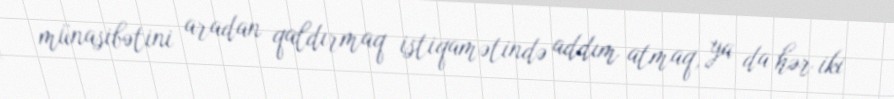
münasibətini aradan qaldırmaq istiqamətində addım atmaq, ya da hər iki